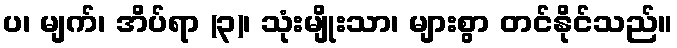
ပ၊ မျက်၊ အိပ်ရာ (၃)၊ သုံးမျိုးသာ၊ များစွာ တင်နိုင်သည်။